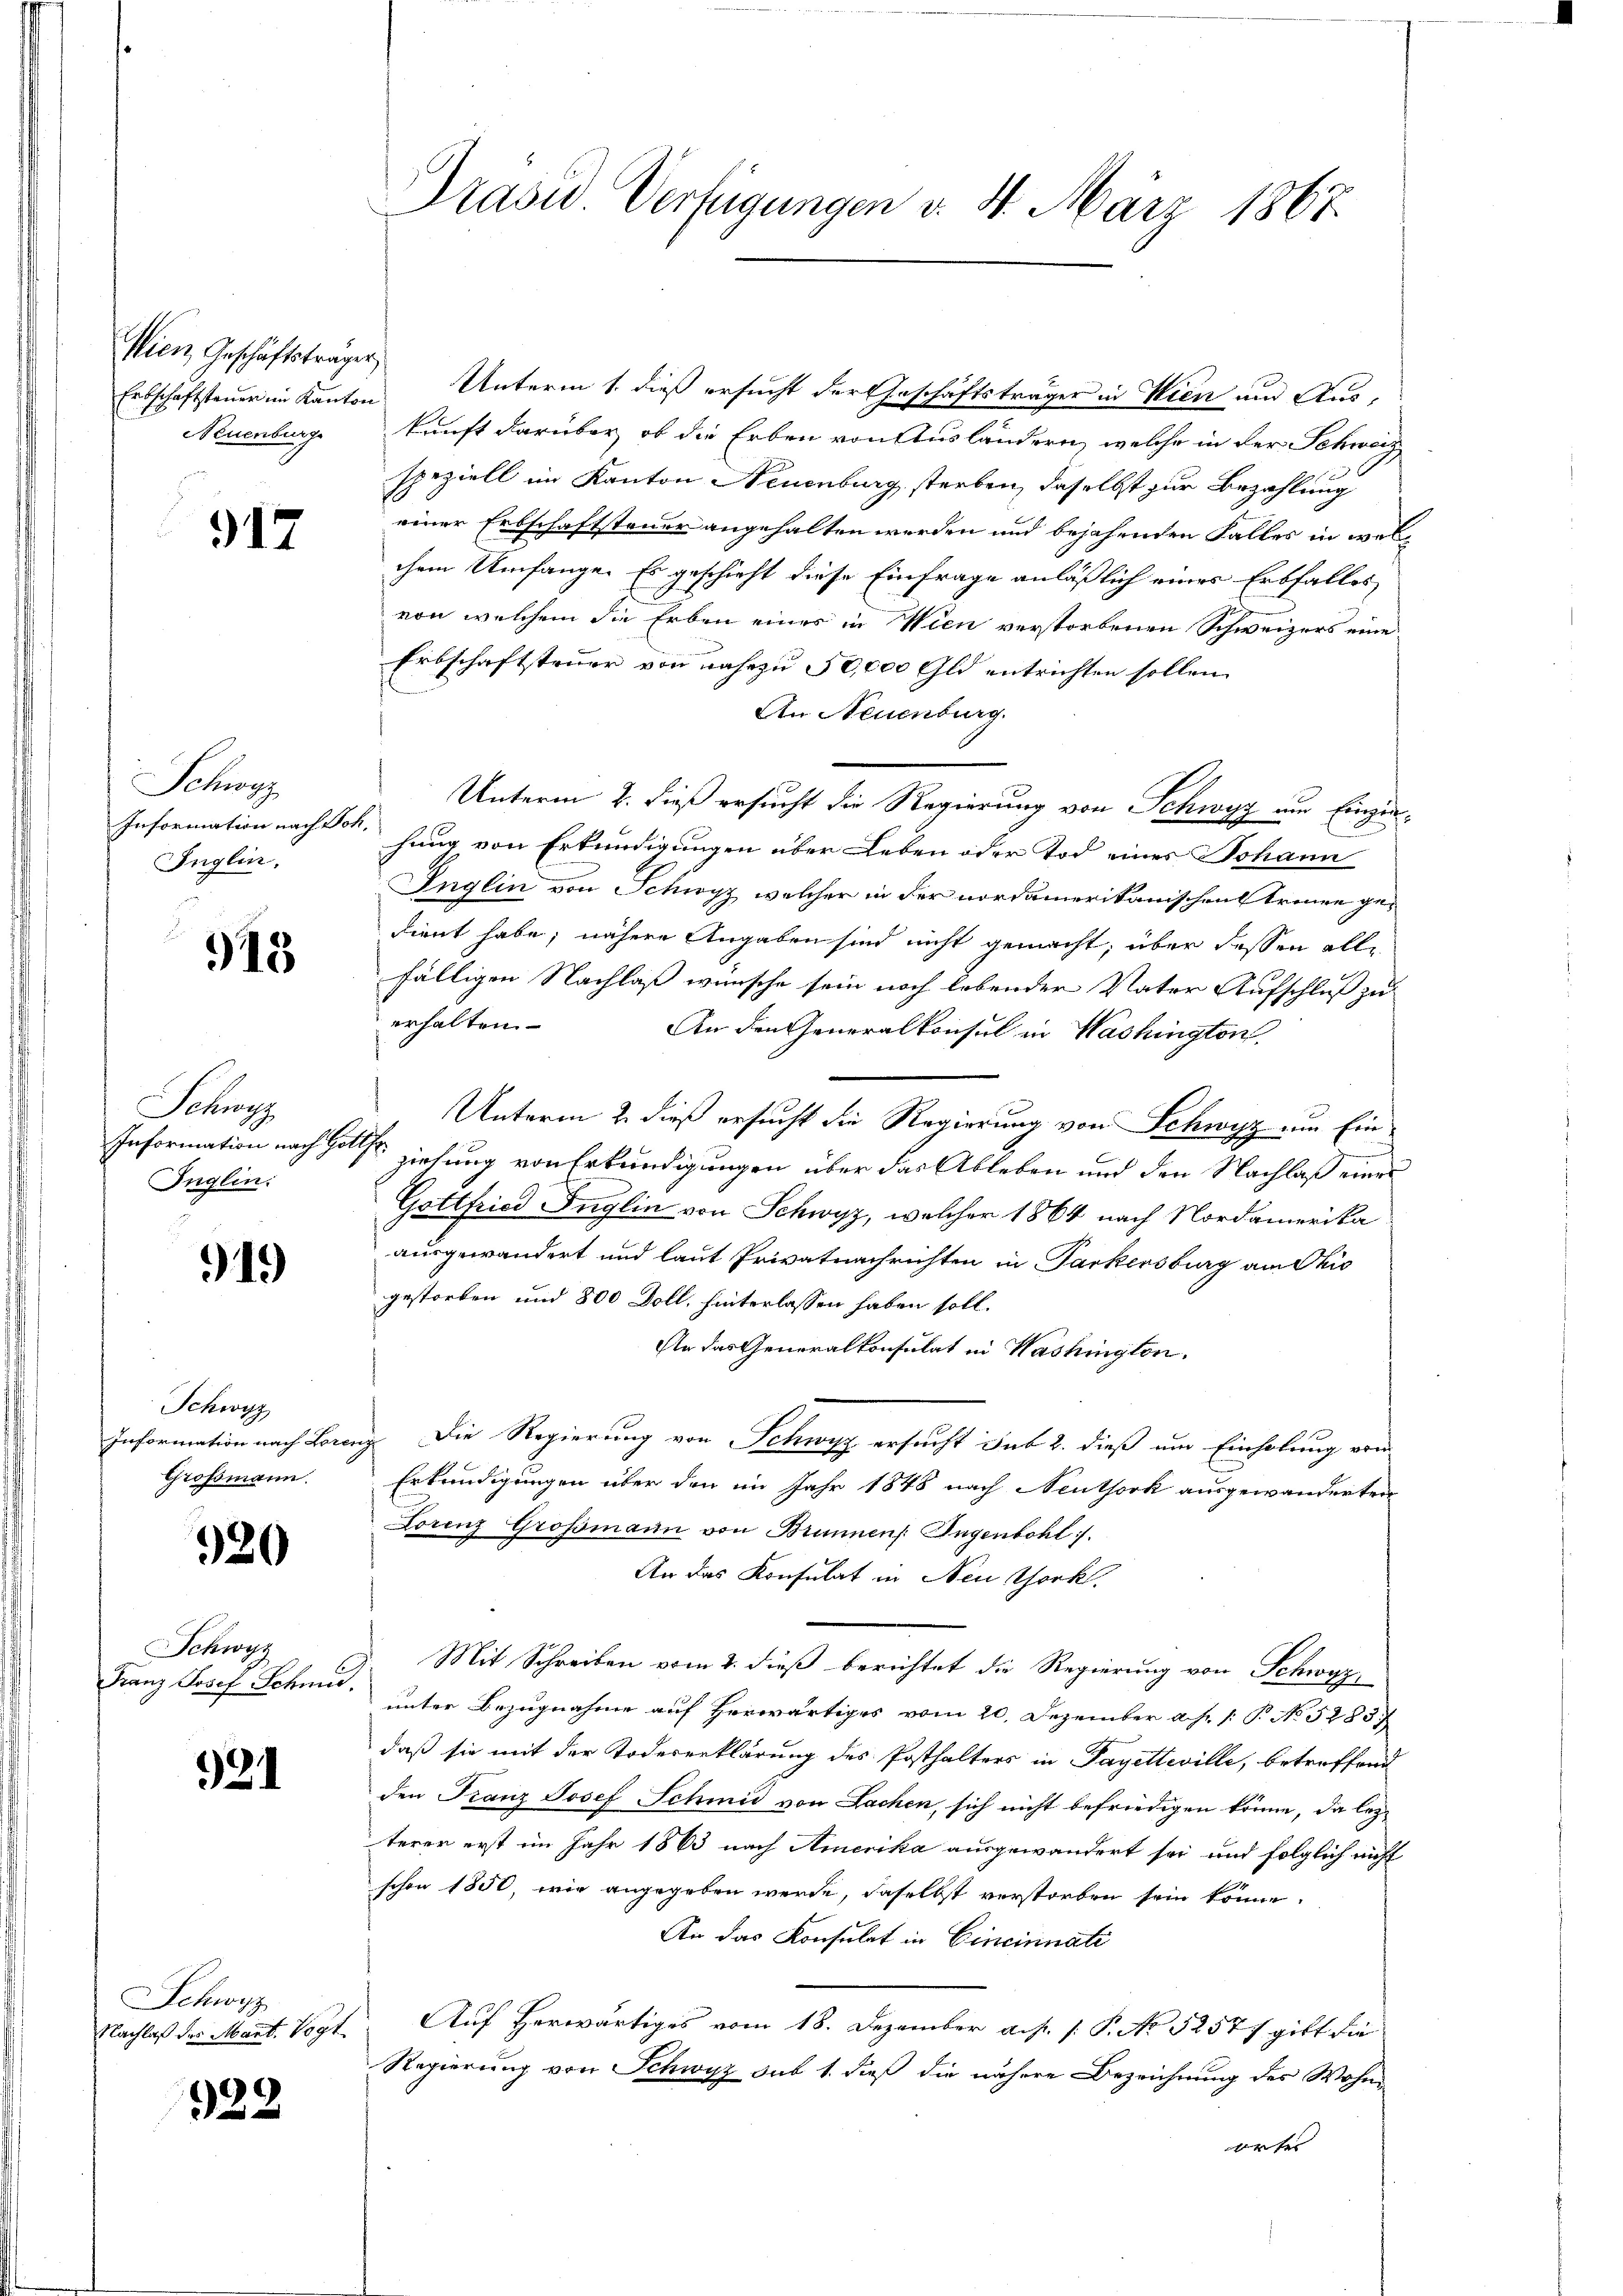
Wien, Geschäftsträger
Neuenburg

917

Schwarz
Information nach Sch.
Inglin,

915.

Schwyz
Inglin:

919

Schwyz
Grossmann.

920

Schwyz

321

Schwyz
Nachlaß des Mart. Vogt

922

rasw. Verfügungen d. 4. März 1867.

Erbschaftsteuer im Kanton Unterm 1. dieß ersucht der Geschäftsträger in Wien und Auskunft darüber, ob die Erben von Ausländern, welche in der Schweiz
speziell im Kanton Neuenburg sterben, daselbst zur Bezahlung
einer Erbschaftsteuer angehalten werden und bejahenden Falles in welchem Umfange. Es geschieht diese Einfrage anläßlich eines Erbfalles
von welchem die Erben eines in Wien verstorbenen Schweizers eine
Erbschaftsteuer von nahezu 10000 Gld entrichten sollen.
An Neuenburg.
Unterm 2. dieß ersucht die Regierung von Schwyz um Einzinhung von Erkundigungen über Leben oder Tod eines Johann
Inglin von Schwyz, welcher in der nordamerikanischen Treuen gedient habe; nähere Angaben sind nicht gemacht, über dessen alle
fälligen Nachlaß wünsche sein noch lebenden Vater Aufschluß zu
erhalten.
An den Generalkonsul in Washington
Unterm 2. dieß ersucht die Regierung von Schwyz um Einc
Information nach Gottes ziehung von Erkundigungen über das Ableben und den Nachlaß eines
Gottfried Inglin von Schwyz, welcher 1864 nach Nordamerika
ausgewandert und laut Privatnachrichten in Parkersburg am Ohio
gestorben und 800 Doll, hinterlassen haben soll.
An das Generalkonsulat in Washington.
Information nach Lorenz Die Regierung von Schwyz ersucht sub 2. dieß um Einholung von
Erkundigungen über den im Jahr 1848 nach Neuthork ausgewanderten
Lorenz Grossmann von Brunnen Ingenbohl.
An das Konsulat in Neu schock.
Mit Schreiben vom 2. dieß berichtet die Regierung von Schwyz
Franz Josef Schmid unter Bezugnahme auf herwärtiges vom 20. Dezember a. p. /: P. No. 52837
daß sie mit der Todeserklärung des Posthalters in Payetteille, betreffend
den Franz Josef Schmid von Sachen, sich nicht befriedigen könne, da lezterer erst im Jahr 1863 nach Amerika ausgewandert sei und folglich nicht
schon 1850, wie angegeben werde, daselbst verstorben sein könne.
An das Konsulat in Cincinnati
Auf herwärtiges vom 18. Dezember a. p. 1. P. No 5257) gibt die
Regierung von Schwyz sub 1. dieß die nähere Bezeichnung des Wohnortes